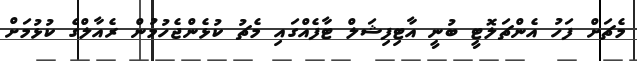
މެޗަށް ފަހު އެންޗަލޮޓީ ބުނީ އާޓިފިޝަލް ޓާފެއްގައި މެޗު ކުޅެންޖެހުމުން ރެއާލްގެ ކުޅުމަށް